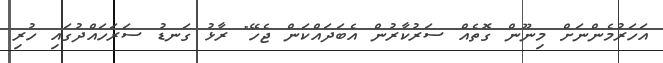
އަހަރުމެންނަށް މިނޫން ގޮތެއް ސަރުކާރުން އެބަދައްކަން ޖެހޭ" ރާޅު ގަނޑު ސަރަހައްދުގައި ހުރި